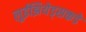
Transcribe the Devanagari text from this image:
लुईझियेड्सकडे